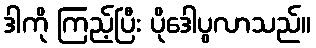
ဒါကို ကြည့်ပြီး ပိုဒေါပွလာသည်။